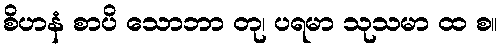
စိဟနံ စာပိ သောဘာ တု၊ ပရမာ သုသမာ ထ စ။